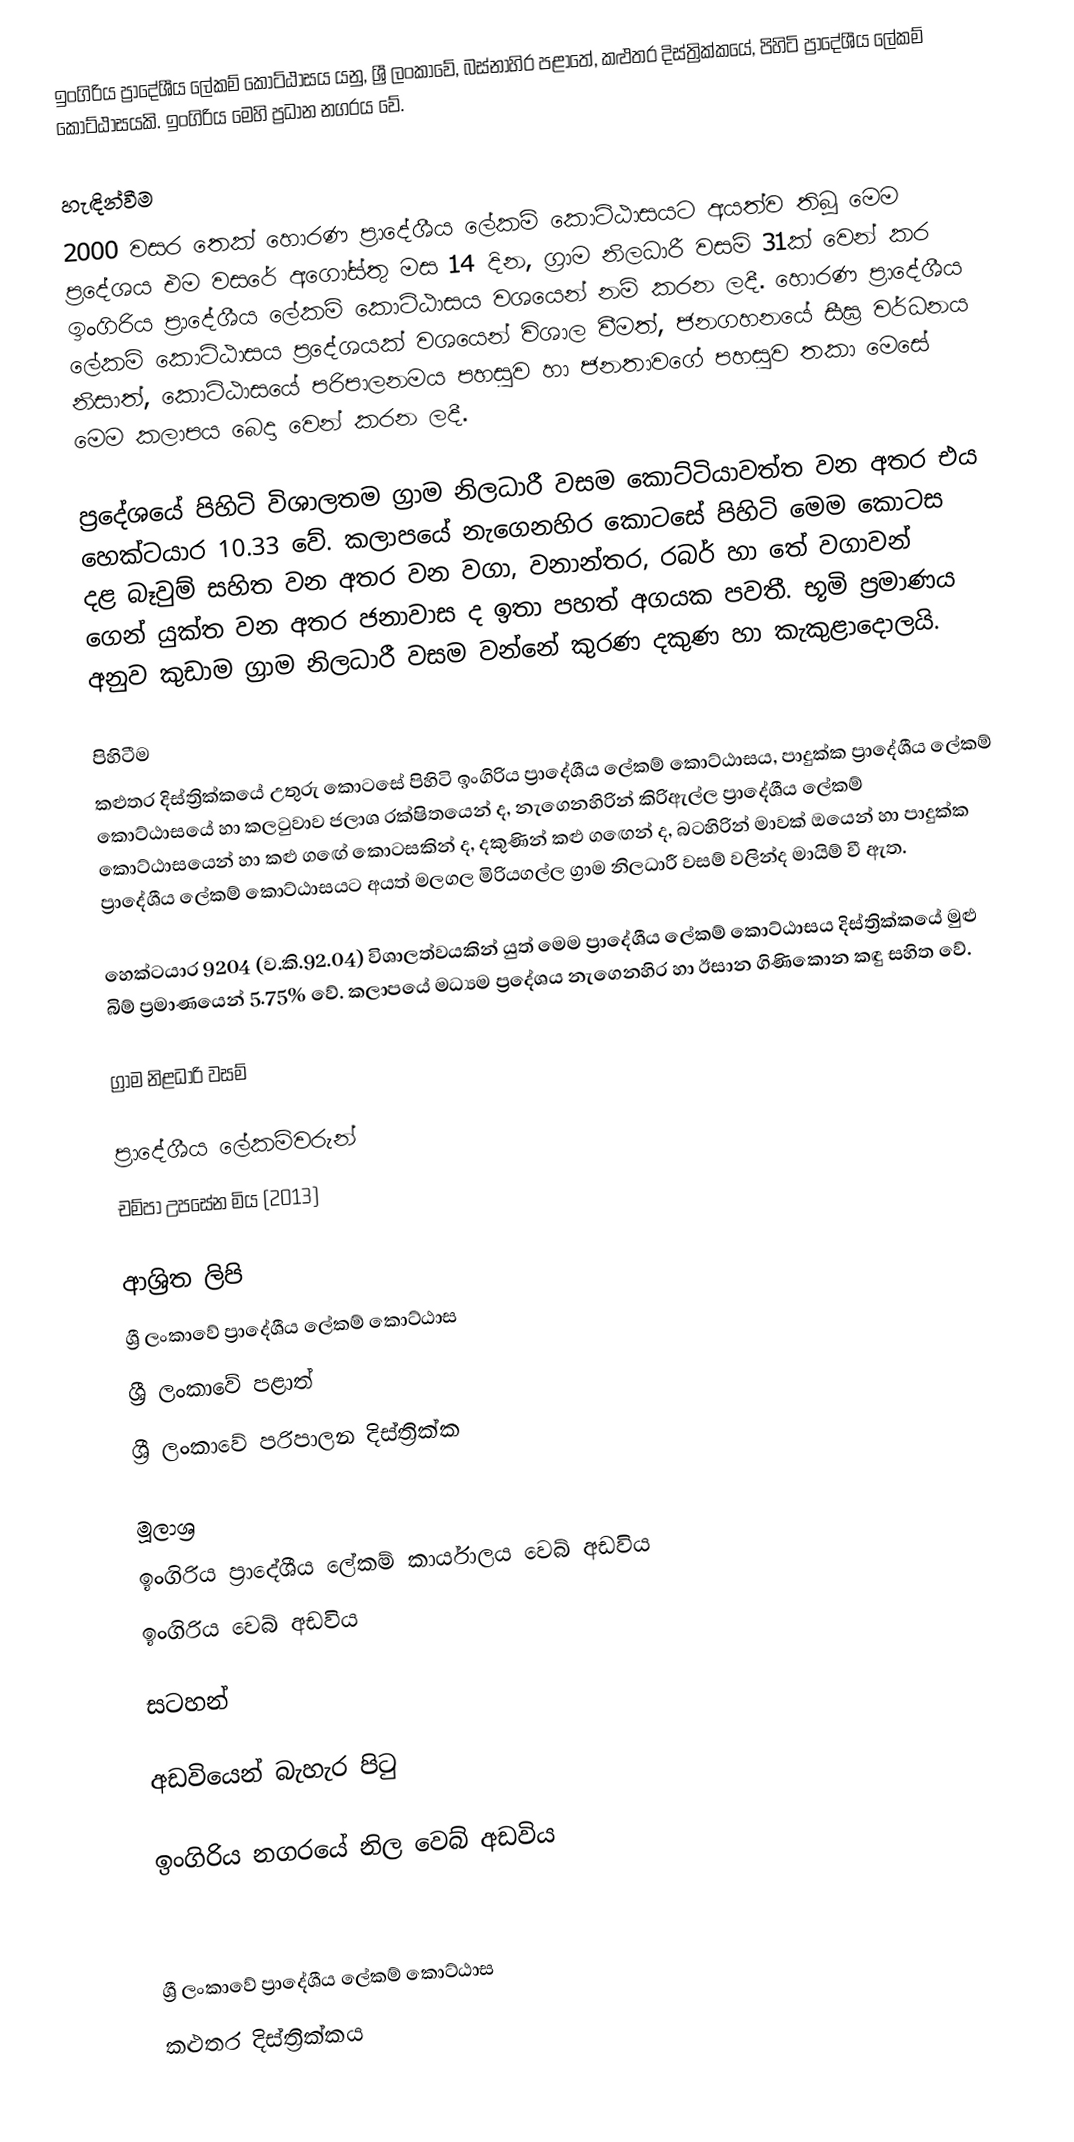
ඉංගිරිය ප්‍රාදේශීය ලේකම් කොට්ඨාසය යනු,  ශ්‍රී ලංකාවේ, බස්නාහිර පළාතේ,   කළුතර දිස්ත්‍රික්කයේ, පිහිටි ප්‍රාදේශීය ලේකම් කොට්ඨාසයකි. ඉංගිරිය මෙහි ප්‍රධාන නගරය වේ.

හැඳින්වීම
2000 වසර තෙක් හොරණ ප්‍රාදේශීය ලේකම් කොට්ඨාසයට අයත්ව තිබූ මෙම ප්‍රදේශය එම වසරේ අගෝස්තු මස 14 දින, ග්‍රාම නිලධාරී වසම් 31ක් වෙන් කර ඉංගිරිය ප්‍රාදේශීය ලේකම් කොට්ඨාසය වශයෙන් නම් කරන ලදී. හොරණ ප්‍රාදේශීය ලේකම් කොට්ඨාසය ප්‍රදේශයක් වශයෙන් විශාල වීමත්, ජනගහනයේ සීඝ්‍ර වර්ධනය නිසාත්, කොට්ඨාසයේ  පරිපාලනමය පහසුව හා ජනතාවගේ පහසුව තකා මෙසේ  මෙම කලාපය බෙදා වෙන් කරන ලදී.

ප්‍රදේශයේ පිහිටි විශාලතම ග්‍රාම නිලධාරී වසම කොට්ටියාවත්ත වන අතර එය හෙක්ටයාර 10.33 වේ. කලාපයේ නැගෙනහිර කොටසේ පිහිටි මෙම කොටස දළ බෑවුම් සහිත වන අතර වන වගා, වනාන්තර, රබර් හා තේ වගාවන් ගෙන් යුක්ත වන අතර ජනාවාස ද  ඉතා පහත් අගයක පවතී. භූමි ප්‍රමාණය අනුව කුඩාම ග්‍රාම නිලධාරී වසම වන්නේ කුරණ දකුණ හා කැකුළාදොලයි.

පිහිටීම
කළුතර දිස්ත්‍රික්කයේ උතුරු කොටසේ පිහිටි ඉංගිරිය ප්‍රාදේශීය ලේකම් කොට්ඨාසය,  පාදුක්ක ප්‍රාදේශීය ලේකම් කොට්ඨාසයේ හා කලටුවාව ජලාශ රක්ෂිතයෙන් ද, නැගෙනහිරින් කිරිඇල්ල ප්‍රාදේශීය ලේකම් කොට්ඨාසයෙන් හා කළු ග‍‍‍‍ඟේ කොටසකින් ද,  දකුණින් කළු ග‍‍‍ඟෙන් ද, බටහිරින් මාවක් ඔයෙන් හා පාදුක්ක ප්‍රාදේශීය ලේකම් කොට්ඨාසයට අයත් මලගල මිරියගල්ල ග්‍රාම නිලධාරී වසම් වලින්ද මායිම් වී ඇත.

හෙක්ටයාර 9204 (ව.කි.92.04) විශාලත්වයකින් යුත් මෙම ප්‍රාදේශීය ලේකම් කොට්ඨාසය දිස්ත්‍රික්කයේ මුළු බිම් ප්‍රමාණයෙන් 5.75% වේ. කලාපයේ මධ්‍යම ප්‍රදේශය නැගෙනහිර හා ඊසාන ගිණිකොන කඳු සහිත වේ.

ග්‍රාම නිළධාරි වසම්

ප්‍රාදේශීය ලේකම්වරුන්
චම්පා උපසේන මිය (2013)

ආශ්‍රිත ලිපි
ශ්‍රී ලංකාවේ ප්‍රාදේශීය ලේකම් කොට්ඨාස
ශ්‍රී ලංකාවේ පළාත්
ශ්‍රී ලංකාවේ පරිපාලන දිස්ත්‍රික්ක

මූලාශ්‍ර
 ඉංගිරිය ප්‍රාදේශීය ලේකම් කාර්යාලය වෙබ් අඩවිය
 ඉංගිරිය වෙබ් අඩවිය

සටහන්

අඩවියෙන් බැහැර පිටු

 ඉංගිරිය නගරයේ නිල වෙබ් අඩවිය

‍

ශ්‍රී ලංකාවේ ප්‍රාදේශීය ලේකම් කොට්ඨාස
කළුතර දිස්ත්‍රික්කය